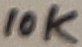
Text: 10K